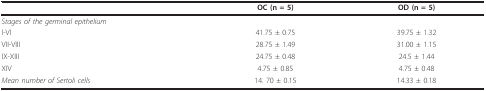
<table><thead><tr><td></td><td><b>OC (n = 5)</b></td><td><b>OD (n = 5)</b></td></tr></thead><tbody><tr><td><i>Stages of the germinal epithelium</i></td><td></td><td></td></tr><tr><td>I-VI</td><td>41.75 ± 0.75</td><td>39.75 ± 1.32</td></tr><tr><td>VII-VIII</td><td>28.75 ± 1.49</td><td>31.00 ± 1.15</td></tr><tr><td>IX-XIII</td><td>24.75 ± 0.48</td><td>24.5 ± 1.44</td></tr><tr><td>XIV</td><td>4.75 ± 0.85</td><td>4.75 ± 0.48</td></tr><tr><td><i>Mean number of Sertoli cells</i></td><td>14. 70 ± 0.15</td><td>14.33 ± 0.18</td></tr></tbody></table>